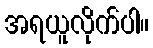
အရယူလိုက်ပါ။